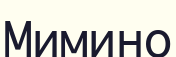
Мимино